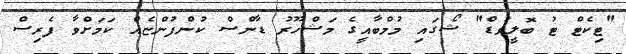
"ޓިކެޓް ޓު ބޮލީވުޑް" ޝޯގައި މުމްބާއީގެ މަޝްހޫރު ޑާންސް ކުންފުންޏެއް ކަމަށްވާ ފެރިސް